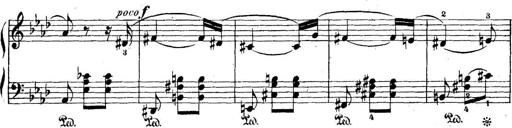
Title: 5 Sonatinas
Composer: Theodor Kirchner